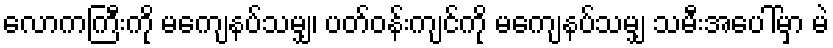
လောကကြီးကို မကျေနပ်သမျှ၊ ပတ်ဝန်းကျင်ကို မကျေနပ်သမျှ သမီးအပေါ်မှာ မဲ